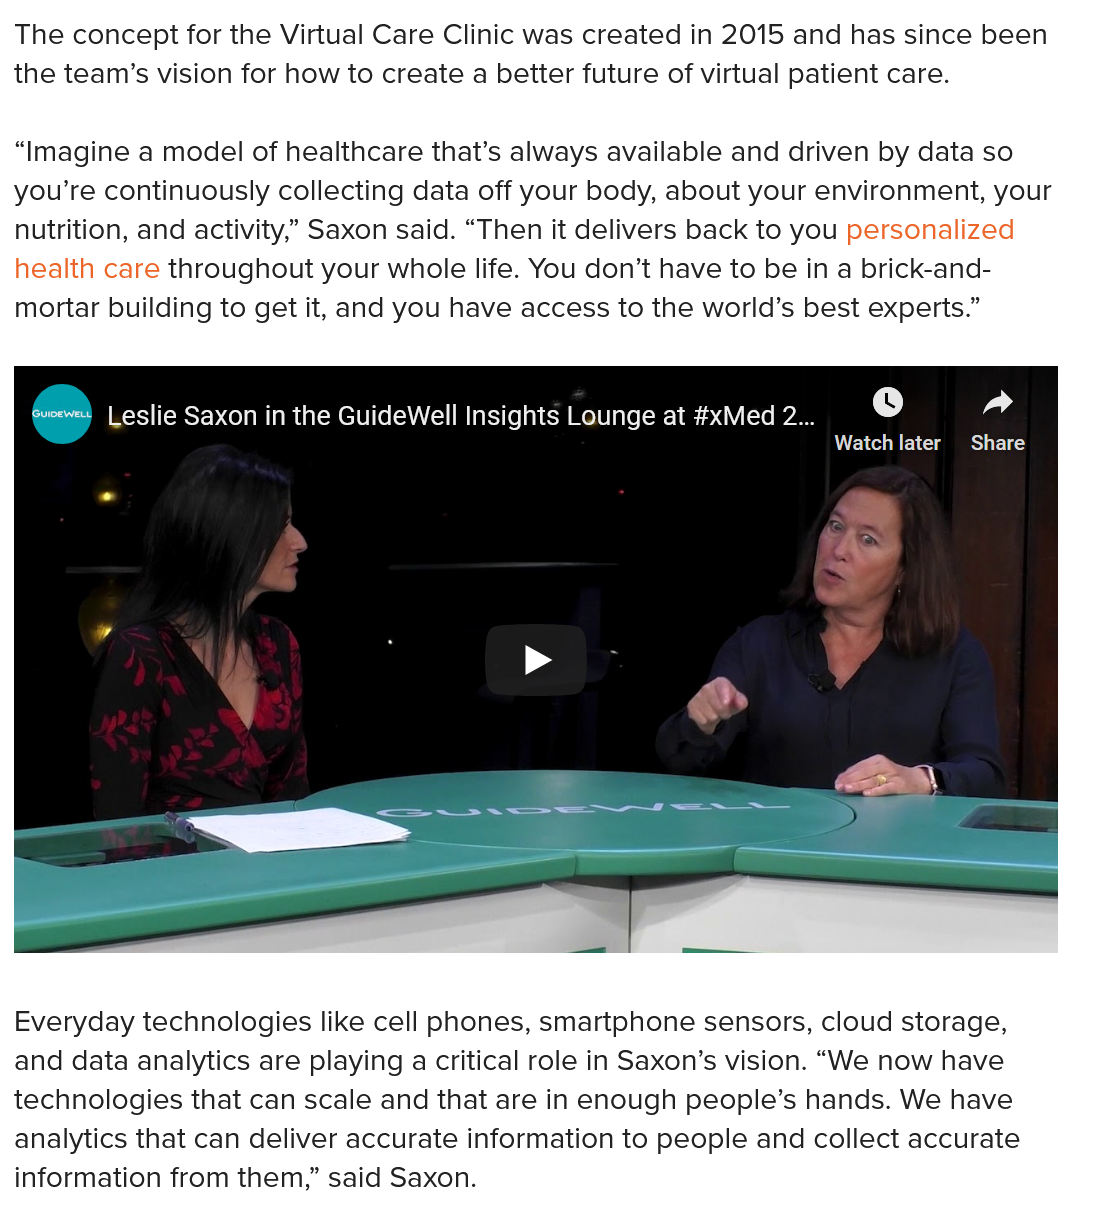
The concept for the Virtual Care Clinic was created in 2015 and has since been
  the team’s vision for how to create a better future of virtual patient care.
  Everyday technologies like cell phones, smartphone sensors, cloud storage,
  and data analytics are playing a critical role in Saxon’s vision. “We now have
  technologies that can scale and that are in enough people’s hands. We have
  analytics that can deliver accurate information to people and collect accurate
  information from them,” said Saxon.
   @ee2 |eslie Saxon in the GuideWell Insights Lounge at #xMed 2...
     ©    a
     STEN eae 1ST Kd
     ld
     &
     ——E_—-!
     =_>
  “Imagine a model of healthcare that’s always available and driven by data so
  you’re continuously collecting data off your body, about your environment, your
  nutrition, and activity,” Saxon said. “Then it delivers back to you personalized
  health care throughout your whole life. You don’t have to be in a brick-and-
  mortar building to get it, and you have access to the world’s best experts.”